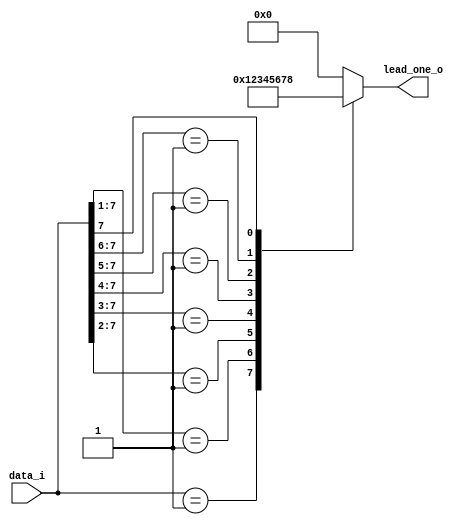
`timescale 1ns / 1ps
//////////////////////////////////////////////////////////////////////////////////
// Company: COLLEGE OF VLSI
// 
// Design Name: 
// Module Name: leading_1_detector
// Project Name: 
// Target Devices: 
// Tool Versions: 
// Description: 
// 
// Dependencies: 
// 
// Revision:
// Revision 0.01 - File Created
// Additional Comments:
// 
//////////////////////////////////////////////////////////////////////////////////


module leading_1_detector(
input [7:0] data_i,
output reg [3:0] lead_one_o

    );
    
   always @(*)
   begin
   lead_one_o = 4'h0;
   
   casex (data_i)
    8'b00000001: lead_one_o = 4'h1;
    8'b0000001x: lead_one_o = 4'h2;
    8'b000001xx: lead_one_o = 4'h3;
    8'b00001xxx: lead_one_o = 4'h4;
    8'b0001xxxx: lead_one_o = 4'h5;
    8'b001xxxxx: lead_one_o = 4'h6;
    8'b01xxxxxx: lead_one_o = 4'h7;
    8'b1xxxxxxx: lead_one_o = 4'h8;
        default: lead_one_o = 4'h0;
   endcase
   end 
endmodule